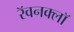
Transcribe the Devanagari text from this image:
रॅवनक्लॉ